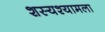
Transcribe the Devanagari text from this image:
शस्यश्यामला